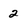
Character: 2